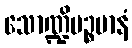
သောဏ္ဍိပဉ္စမာနံ